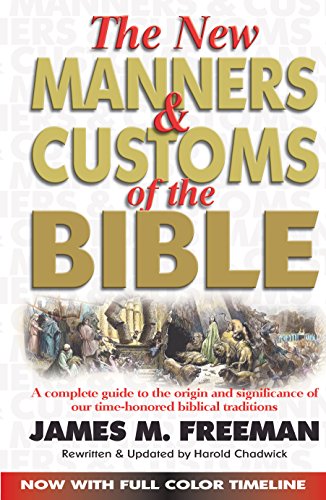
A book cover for The New Manners and Customs of the Bible (Pure Gold Classics); James Freeman; Christian Books & Bibles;